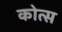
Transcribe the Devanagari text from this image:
कोत्स